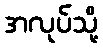
အလုပ်သို့